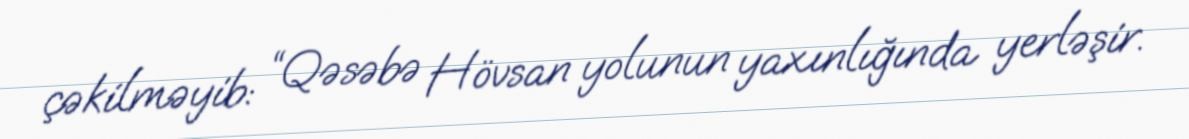
çəkilməyib: “Qəsəbə Hövsan yolunun yaxınlığında yerləşir.